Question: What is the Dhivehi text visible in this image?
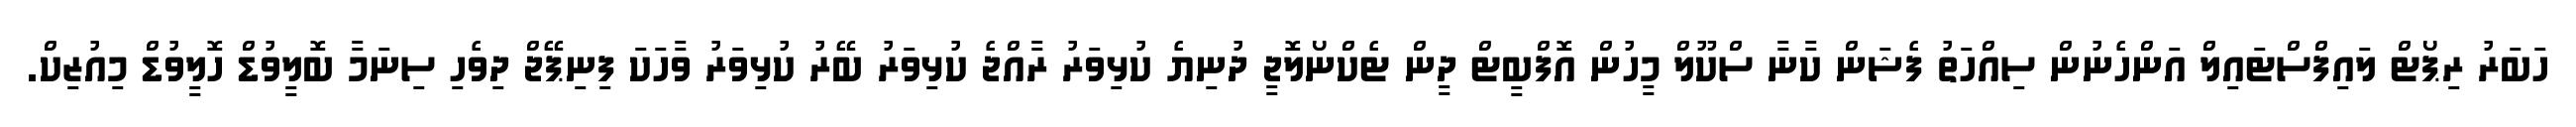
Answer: ހަބަރު ރިޕޯޓް ލައިފްސްޓައިލް އަންހެނުން ސިއްހަތު ފެޝަން ކާނާ ސްކޫލް މީހުން އޮފްބީޓް ދީން ޓެކްނޯލޮޖީ ދުނިޔެ ކުޅިވަރު ރާއްޖެ ކުޅިވަރު ބޭރު ކުޅިވަރު ވާހަކަ ފިނިޕޭޖް ދިވެހި ސިނަމާ ބޮލީވުޑް ހޮލީވުޑް މިއުޒިކް.